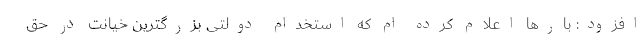
افزود: بارها اعلام کرده ام که استخدام دولتی بزرگترین خیانت در حق